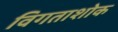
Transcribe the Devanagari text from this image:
विगताशोक